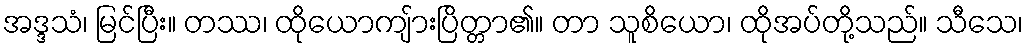
အဒ္ဒသံ၊ မြင်ပြီး။ တဿ၊ ထိုယောကျ်ားပြိတ္တာ၏။ တာ သူစိယော၊ ထိုအပ်တို့သည်။ သီသေ၊